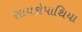
સાયકોપાથિયા